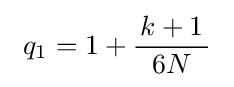
~q_{1}=1+{\frac {\,k+1\,}{\,6N\,}}~